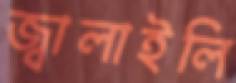
জ্বালাইলি